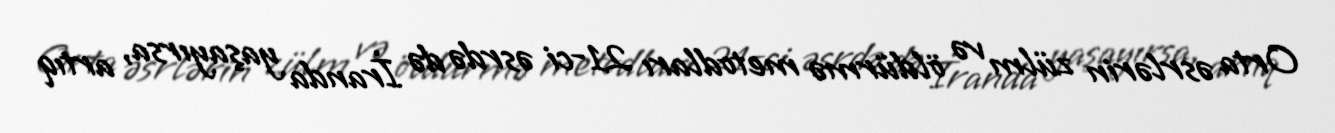
Orta əsrlərin zülm və öldürmə metodları 21-ci əsrdə də İranda yaşayırsa, artıq